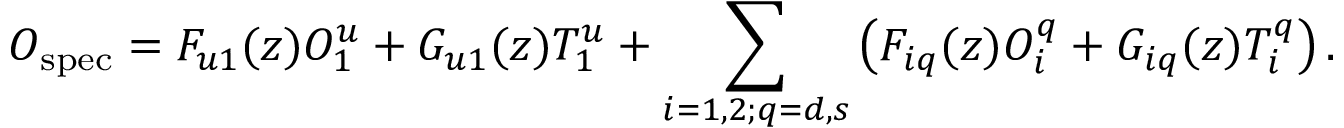
O _ { \mathrm { s p e c } } = F _ { u 1 } ( z ) O _ { 1 } ^ { u } + G _ { u 1 } ( z ) T _ { 1 } ^ { u } + \sum _ { i = 1 , 2 ; q = d , s } \left( F _ { i q } ( z ) O _ { i } ^ { q } + G _ { i q } ( z ) T _ { i } ^ { q } \right) .